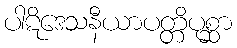
ပါဋိဒေသနီယာပတ္တိပုစ္ဆာ